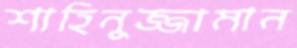
শাহিনুজ্জামান